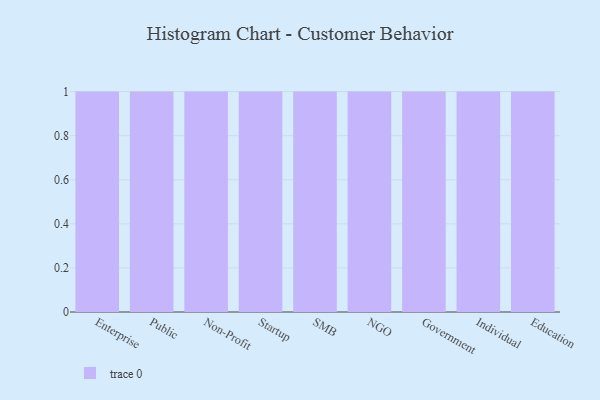
{"axis": {"x": "Segment", "y": "Customer Acquisition Cost (USD)"}, "legend": [""], "data": [{"x": "Enterprise", "y": 1, "type": ""}, {"x": "Public", "y": 32, "type": ""}, {"x": "Non-Profit", "y": 82, "type": ""}, {"x": "Startup", "y": 100, "type": ""}, {"x": "SMB", "y": 35, "type": ""}, {"x": "NGO", "y": 79, "type": ""}, {"x": "Government", "y": 85, "type": ""}, {"x": "Individual", "y": 75, "type": ""}, {"x": "Education", "y": 91, "type": ""}]}